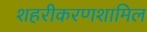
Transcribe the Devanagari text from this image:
शहरीकरणशामिल